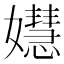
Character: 𡣺